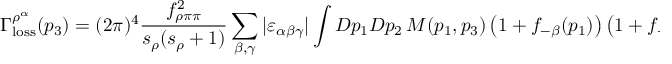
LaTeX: \Gamma _ { \mathrm { l o s s } } ^ { \rho ^ { \alpha } } ( p _ { 3 } ) = ( 2 \pi ) ^ { 4 } { \frac { f _ { \rho \pi \pi } ^ { 2 } } { s _ { \rho } ( s _ { \rho } + 1 ) } } \sum _ { \beta , \gamma } \vert \varepsilon _ { \alpha \beta \gamma } \vert \int D p _ { 1 } D p _ { 2 } \, { \cal M } ( p _ { 1 } , p _ { 3 } ) \left( 1 + f _ { - \beta } ( p _ { 1 } ) \right) \left( 1 + f _ { - \gamma } ( p _ { 2 } ) \right) \delta ( p _ { 1 } + p _ { 2 } - p _ { 3 } ) ,